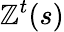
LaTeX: \mathbb{Z}^{t}(s)